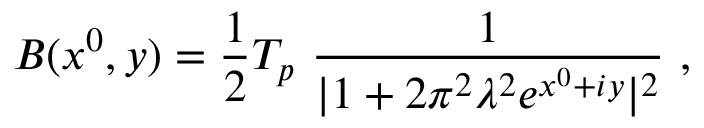
{ \cal B } ( x ^ { 0 } , y ) = { \frac { 1 } { 2 } } { \cal T } _ { p } ~ { \frac { 1 } { | 1 + 2 \pi ^ { 2 } \lambda ^ { 2 } e ^ { x ^ { 0 } + i y } | ^ { 2 } } } ~ ,